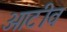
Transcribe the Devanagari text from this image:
आटीव